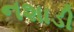
નશાડી